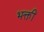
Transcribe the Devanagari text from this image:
भक्तीं